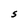
Character: S